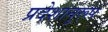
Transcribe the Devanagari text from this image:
प्रदेशानुरूप